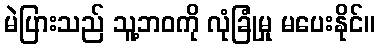
မဲပြားသည် သူ့ဘဝကို လုံခြုံမှု မပေးနိုင်။